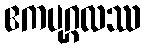
ဧကပုဂ္ဂလဿ